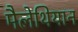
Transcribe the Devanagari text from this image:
मैलेथियान